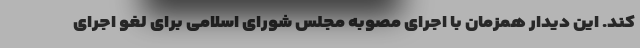
کند. این دیدار همزمان با اجرای مصوبه مجلس شورای اسلامی برای لغو اجرای